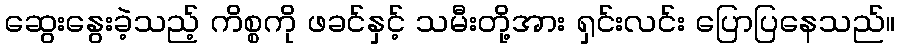
ဆွေးနွေးခဲ့သည့် ကိစ္စကို ဖခင်နှင့် သမီးတို့အား ရှင်းလင်း ပြောပြနေသည်။